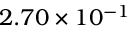
2 . 7 0 \times 1 0 ^ { - 1 }